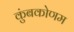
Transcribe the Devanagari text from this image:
कुंबकोणम